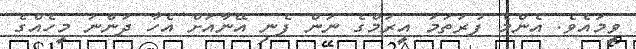
ވީމައެވެ. އެންމެ ފުރަތަމަ އީރަމްގެ ނަން ފެނި އޭނާއަށް އެހާ ދަންނަ މީހެއްގެ